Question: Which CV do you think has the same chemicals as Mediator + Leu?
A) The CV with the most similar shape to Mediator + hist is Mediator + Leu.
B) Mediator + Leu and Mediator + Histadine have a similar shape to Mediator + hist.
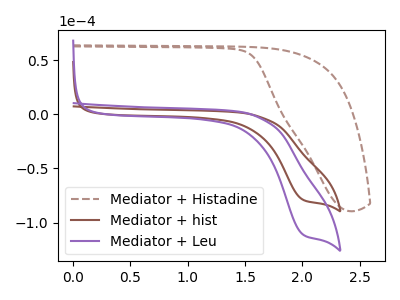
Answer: <think>The brown dashed curve "Mediator + Histadine" has no peaks. The brown curve "Mediator + hist" has a cathodic peak at: (2.00V, -78.85uA). The purple curve "Mediator + Leu" has a cathodic peak at: (2.00V, -111.00uA).
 "Mediator + Histadine" and "Mediator + hist" have a different number of peaks. "Mediator + Histadine" and "Mediator + Leu" have a different number of peaks. All the peaks in "Mediator + hist" have a peak in "Mediator + Leu" at the same potential. Every peak in "Mediator + hist" is lower than every peak in "Mediator + Leu".</think>
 <answer>A) The CV with the most similar shape to "Mediator + hist" is "Mediator + Leu".</answer>
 <eval>A</eval>